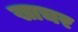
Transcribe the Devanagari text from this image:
खाचर